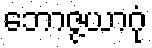
ဘောဇ္ဇယာဂုံ